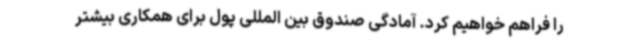
را فراهم خواهیم کرد. آمادگی صندوق بین المللی پول برای همکاری بیشتر